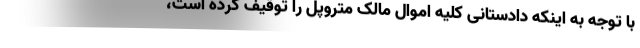
با توجه به اینکه دادستانی کلیه اموال مالک متروپل را توقیف کرده است،